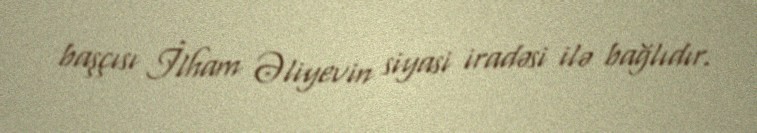
başçısı İlham Əliyevin siyasi iradəsi ilə bağlıdır.